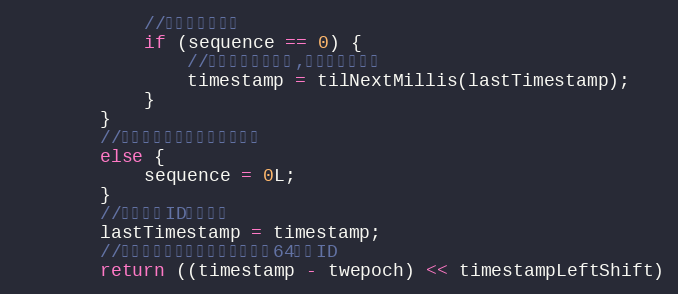
Language: Java
            //毫秒内序列溢出
            if (sequence == 0) {
                //阻塞到下一个毫秒,获得新的时间戳
                timestamp = tilNextMillis(lastTimestamp);
            }
        }
        //时间戳改变，毫秒内序列重置
        else {
            sequence = 0L;
        }
        //上次生成ID的时间截
        lastTimestamp = timestamp;
        //移位并通过或运算拼到一起组成64位的ID
        return ((timestamp - twepoch) << timestampLeftShift)